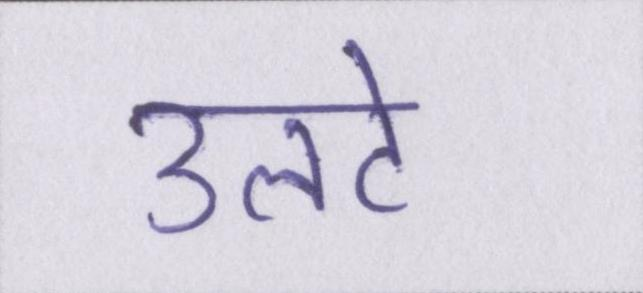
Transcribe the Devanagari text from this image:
उलटे